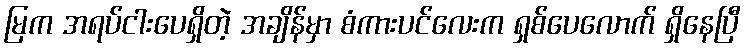
မြက အရပ်ငါးပေရှိတဲ့ အချိန်မှာ စံကားပင်လေးက ရှစ်ပေလောက် ရှိနေပြီ